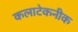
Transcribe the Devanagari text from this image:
कलाटेकनीक